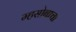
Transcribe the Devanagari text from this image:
म्हसोबाचा